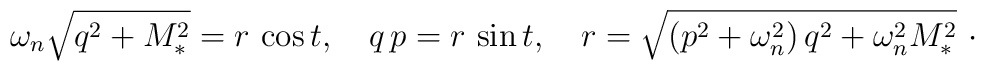
\omega _{n}\sqrt{q^{2}+M_{\ast }^{2}}=r\,\cos t,\quad q\,p=r\,\sin t,\quad r=\sqrt{\left( p^{2}+\omega _{n}^{2}\right) q^{2}+\omega _{n}^{2}M_{\ast }^{2}}\ \cdot